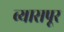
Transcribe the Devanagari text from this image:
व्यासपूर